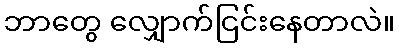
ဘာတွေ လျှောက်ငြင်းနေတာလဲ။